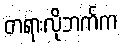
တရားလိုဘက်က